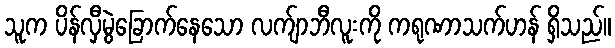
သူက ပိန်လှီမွဲခြောက်နေသော လက်ျာဘီလူးကို ကရုဏာသက်ဟန် ရှိသည်။